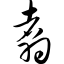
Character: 翥